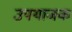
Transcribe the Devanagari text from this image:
उपयाजक